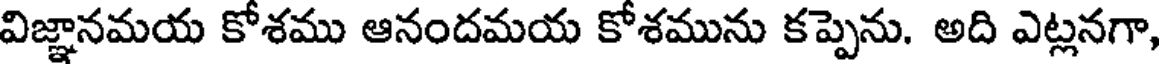
విజ్ఞానమయ కోశము ఆనందమయ కోశమును కప్పెను. అది ఎట్లనగా,